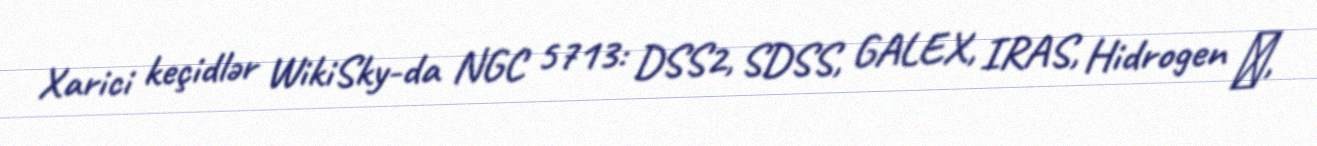
Xarici keçidlər WikiSky-da NGC 5713: DSS2, SDSS, GALEX, IRAS, Hidrogen α,